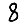
Digit: 8